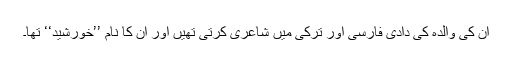
ان کی والدہ کی دادی فارسی اور ترکی میں شاعری کرتی تھیں اور ان کا نام ’’خورشید‘‘ تھا۔